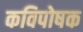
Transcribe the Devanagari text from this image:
कविपोषक